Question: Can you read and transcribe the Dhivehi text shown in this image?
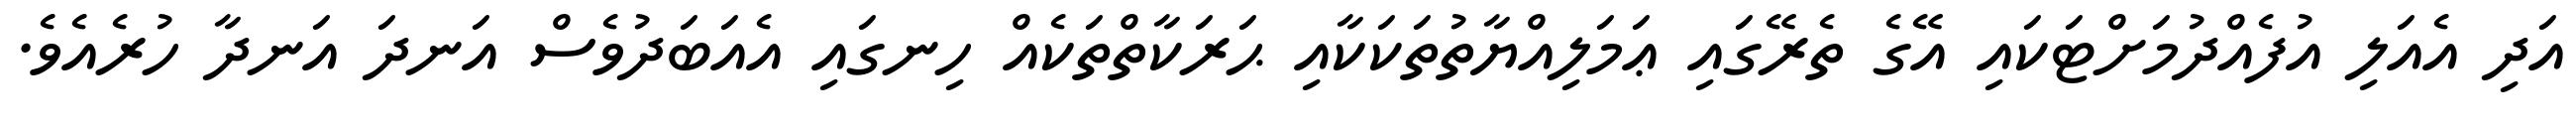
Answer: އަދި އެއަލި އުފެއްދުމަށްޓަކައި އޭގެ ތެރޭގައި ޢަމަލިއްޔާތުތަކަކާއި ޙަރަކާތްތަކެއް ހިނގައި އެއަބަދުވެސް އަނދަ އަނދާ ހުރެއެވެ.